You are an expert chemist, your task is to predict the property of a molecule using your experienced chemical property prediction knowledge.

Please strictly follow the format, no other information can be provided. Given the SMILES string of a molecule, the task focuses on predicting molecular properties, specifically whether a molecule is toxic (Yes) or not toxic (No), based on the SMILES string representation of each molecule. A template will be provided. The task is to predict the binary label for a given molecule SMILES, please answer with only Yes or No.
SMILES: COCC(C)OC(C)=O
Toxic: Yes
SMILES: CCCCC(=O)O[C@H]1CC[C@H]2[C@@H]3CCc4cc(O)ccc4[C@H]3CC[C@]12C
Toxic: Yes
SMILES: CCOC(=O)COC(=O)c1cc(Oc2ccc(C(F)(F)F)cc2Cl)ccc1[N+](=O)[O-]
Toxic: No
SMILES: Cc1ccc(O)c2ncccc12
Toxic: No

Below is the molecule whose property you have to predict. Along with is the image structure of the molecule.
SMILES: Nc1nc[nH]n1
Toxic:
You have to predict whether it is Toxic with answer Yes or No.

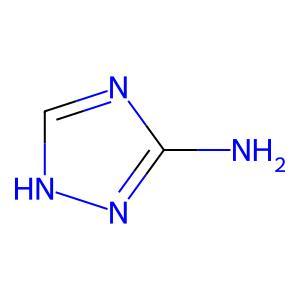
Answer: No